Annual report on the working of the lock hospitals in the Central Provinces
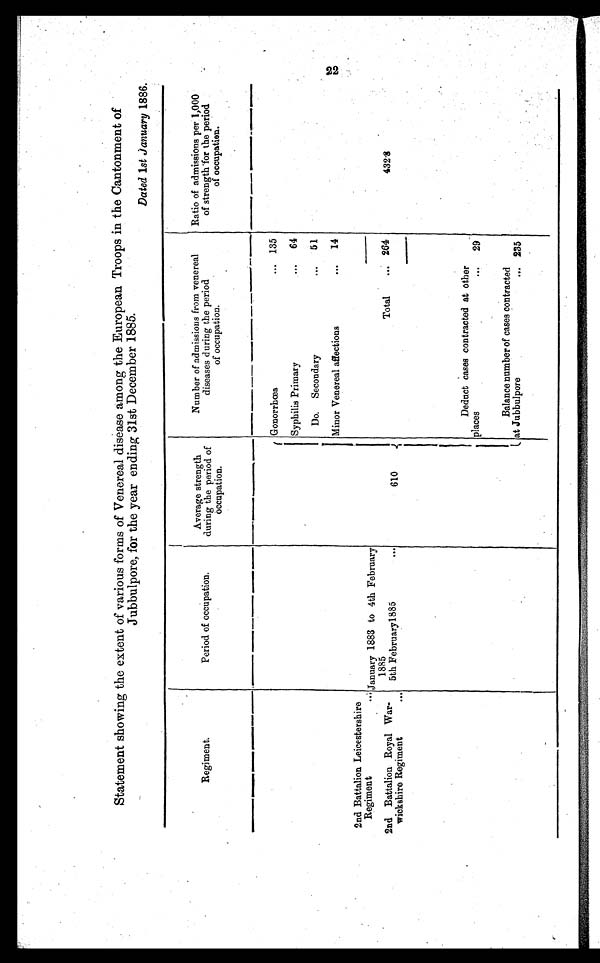
Statement showing the extent of various forms of Venereal disease among the European Troops in the Cantonment of
Jubbulpore, for the year ending 31st December 1885.
Dated 1st January 1886.
Regiment.
Period of occupation.
Average strength
during the period of
occupation.
Number of admissions from venereal
diseases during the period
of occupation.
Ratio of admissions per 1,000
of strength for the period
of occupation.
Gonorrhœa
... 135
Syphilis Primary
... 64
Do. Secondary
... 51
Minor Venereal affections
... 14
2nd Battalion Leicestershire
Regiment
. . . January 1883 to 4th February
1885
2nd Battalion Royal War-
wickshire.Regiment
5th February 1885
. . .
610
Total
... 264
4 3 2 . 8
Deduct cases contracted at other
places
... 29
Balance number of cases contracted
Jubbulpore
... 235